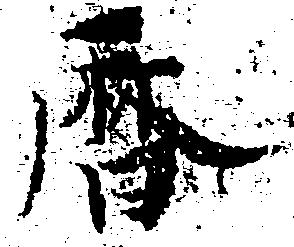
暦